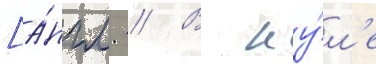
[а́нгл. // В иу́л'е